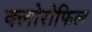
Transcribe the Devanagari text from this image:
क्‍लोरोफिल